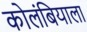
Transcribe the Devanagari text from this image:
कोलंबियाला